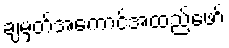
ချမှတ်အကောင်အထည်ဖော်